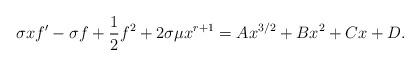
LaTeX: \begin{align*}\sigma x f'-\sigma f+\frac{1}{2}f^2+2\sigma \mu x^{r+1}=Ax^{3/2}+B x^2+Cx+D.\end{align*}